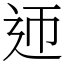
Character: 迊